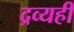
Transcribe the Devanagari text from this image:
द्रव्यही